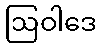
ဩဝါဒေ